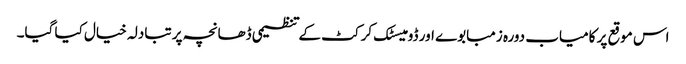
اس موقع پر کامیاب دورہ زمبابوے اور ڈومیسٹک کرکٹ کے تنظیمی ڈھانچہ پر تبادلہ خیال کیا گیا۔